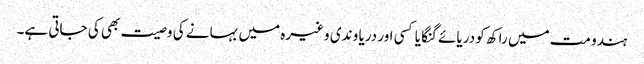
ہندو مت میں راکھ کو دریائے گنگا یا کسی اور دریا و ندی وغیرہ میں بہانے کی وصیت بھی کی جاتی ہے۔